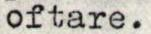
oftare.